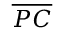
\overline { { P C } }